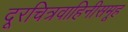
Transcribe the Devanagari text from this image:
दूरचित्रवाहिनीसमूह